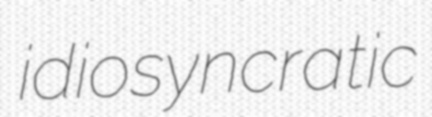
idiosyncratic